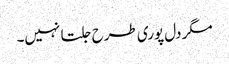
مگر دل پوری طرح جلتا نہیں۔